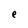
Character: e